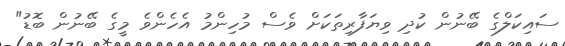
ސައިކަލްގެ ބޭނުން ކުދި ވިޔަފާރިތަކަށް ވެސް މުހިންމު އެހެންވެ މީގެ ބޭނުން ބޮޑު"